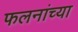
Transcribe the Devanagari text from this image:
फलनांच्या